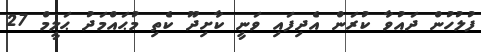
ފުލުހުން ދައުވާ ކުރަން އެދިފައި ވަނީ ކާށިދޫ ކެތި މުޙައްމަދު ޙަލީމް 27